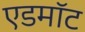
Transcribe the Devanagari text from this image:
एडमॉट